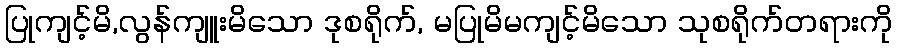
ပြုကျင့်မိ,လွန်ကျူးမိသော ဒုစရိုက်, မပြုမိမကျင့်မိသော သုစရိုက်တရားကို